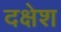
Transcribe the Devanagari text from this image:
दक्षेश